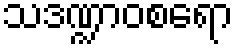
သဒဏ္ဍာဝစရော